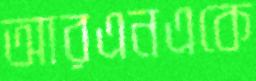
আরএনএকে